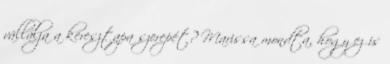
vállalja a keresztapa szerepét? Marissa mondta, hogy ez is